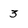
Character: 3